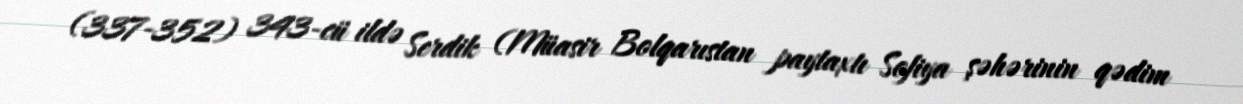
(337-352) 343-cü ildə Serdik (Müasir Bolqarıstan paytaxtı Sofiya şəhərinin qədim